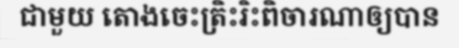
ជាមួយ តោងចេះត្រិះរិះពិចារណាឲ្យបាន